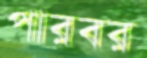
পারবর